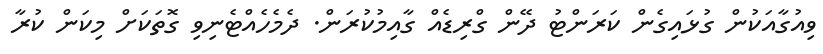
ވިއުގާއަކުން ގުޅައިގެން ކަރަންޓު ދޭން ގްރިޑެއް ގާއިމުކުރަން. ދެމެހެއްޓެނިވި ގޮތަކަށް މިކަން ކުރާ